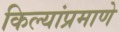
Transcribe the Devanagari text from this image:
किल्यांप्रमाणे